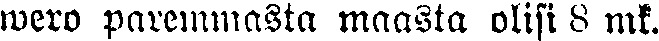
wero paremmasta maasta olisi 8 mk.